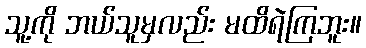
သူ့ကို ဘယ်သူမှလည်း မထိရဲကြဘူး။